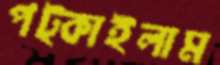
পট্‌কাইলাম